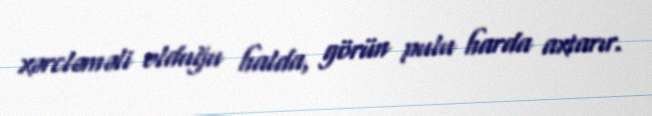
xərcləməli olduğu halda, görün pulu harda axtarır.